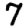
Digit: 7